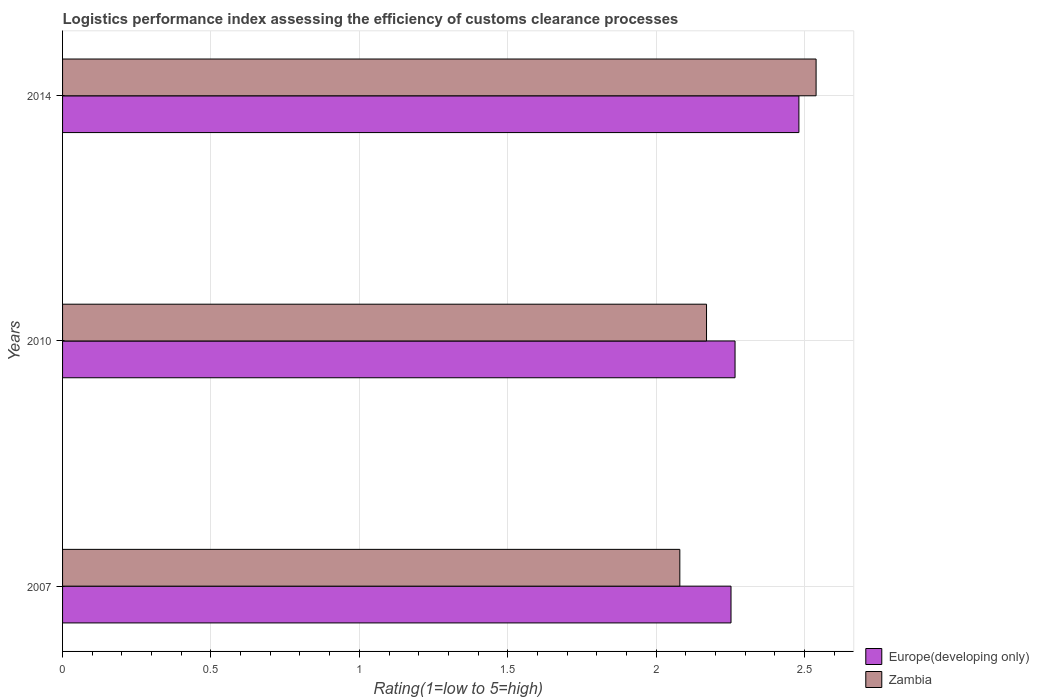
| Years | Europe(developing only) | Zambia |
 | --- | --- | --- |
 | 2007 | 2.25 | 2.08 |
 | 2010 | 2.27 | 2.17 |
 | 2014 | 2.48 | 2.54 |